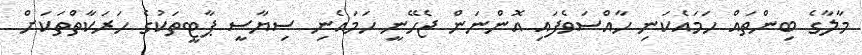
މާލާގެ ބިންތައް ހަމައެކަނި ހާއްސަވެފައި އޮންނަން ޖެހޭނީ ހަމައެނި ސިޔާސީ ޕާޓީތަކުގެ ހަރަކާތްތަކަށް